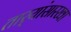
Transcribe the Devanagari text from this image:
तार्‍यांसारखा